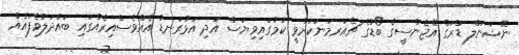
ނޭޝަނަލް ޑްރަގް އޭޖެންސީގެ ބޯޑުގެ ޗެއަރމަނަކަށްވީ ކަމުގައިވިޔަސް އަދި އަޅުގަނޑު އެއްވެސްއިރެއްގައި ބައްދަލުވެފައެއް